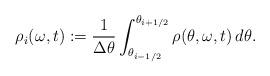
LaTeX: \begin{align*}\rho_i(\omega,t) := \frac{1}{\Delta \theta}\int_{\theta_{i-1/2}}^{\theta_{i + 1/2}} \rho(\theta,\omega,t)\,d\theta.\end{align*}